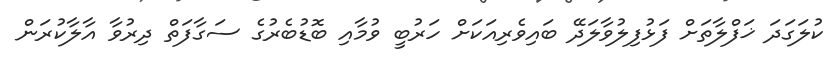
ކުލަގަދަ ޚަފްލާތަށް ފަޅުފިލުވާލަދޭ ބައިވެރިއަކަށް ހަރުބީ ވުމާއި ބޮޑުބެރުގެ ސަގާފަތް ދިރުވާ އާލާކުރަން